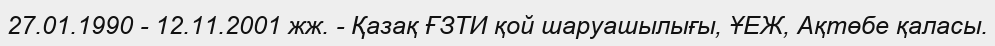
27.01.1990 - 12.11.2001 жж. - Қазақ ҒЗТИ қой шаруашылығы, ҰЕЖ, Ақтөбе қаласы.